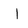
Character: l